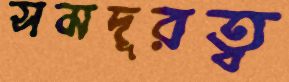
সমদূরত্ব